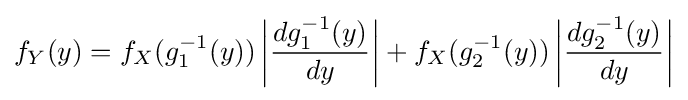
f_{Y}(y)=f_{X}(g_{1}^{-1}(y))\left|{\frac {dg_{1}^{-1}(y)}{dy}}\right|+f_{X}(g_{2}^{-1}(y))\left|{\frac {dg_{2}^{-1}(y)}{dy}}\right|